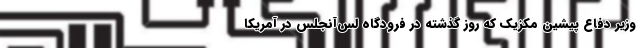
وزیر دفاع پیشین مکزیک که روز گذشته در فرودگاه لس‌آنجلس در آمریکا